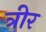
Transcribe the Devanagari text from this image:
त्रीर